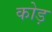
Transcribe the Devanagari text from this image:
कोड़